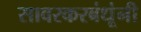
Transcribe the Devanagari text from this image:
सावरकरबंधूंनी